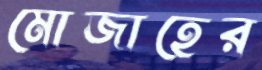
মোজাহের